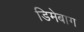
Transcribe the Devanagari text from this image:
डिमेबाग